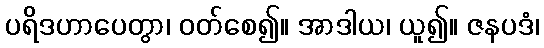
ပရိဒဟာပေတွာ၊ ဝတ်စေ၍။ အာဒါယ၊ ယူ၍။ ဇနပဒံ၊